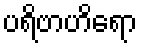
ပရိဗာဟိရော